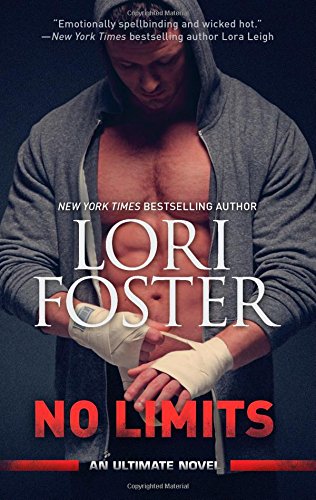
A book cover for No Limits (Hqn); Lori Foster; Sports & Outdoors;